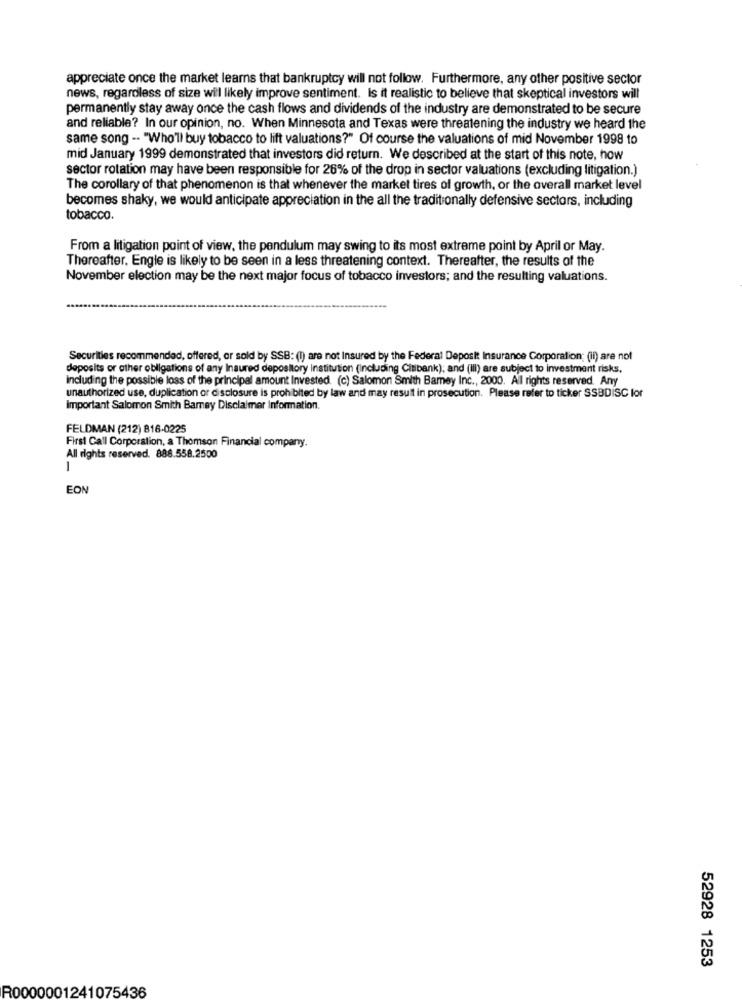
appreciate once the market learns that bankruptcy will not follow. Furthermore, any other positive sector
news, regardless of size will likely improve sentiment. Is it realistic to believe that skeptical investors will
permanently stay away once the cash flows and dividends of the industry are demonstrated to be secure
and reliable? In our opinion, no. When Minnesota and Texas were threatening the industry we heard the
same song -- "Who'll buy tobacco to lift valuations?" Of course the valuations of mid November 1998 to
mid January 1999 demonstrated that investors did return. We described at the start of this note, how
sector rotation may have been responsible for 26% of the drop in sector valuations (excluding litigation.)
The corollary of that phenomenon is that whenever the market tires of growth, or the overall market level
becomes shaky, we would anticipate appreciation in the all the traditionally defensive sectors, including
tobacco.
From a litigation point of view, the pendulum may swing to its most extreme point by April or May.
Thereafter, Engle is likely to be seen in a less threatening context. Thereafter, the results of the
November election may be the next major focus of tobacco investors; and the resulting valuations.
Securities recommended, offered, or sold by SSB: (1) are not Insured by the Federal Deposit Insurance Corporation; (ii) are not
deposits or other obligations of any Insured depository institution (including Citibank), and (Ill) are subject to investment risks,
Including the possible loss of the principal amount Invested (c) Salomon Smith Barney Inc ., 2000. All rights reserved. Any
unauthorized use, duplication or disclosure is prohibited by law and may result in prosecution. Please refer to ticker SSBDISC lor
Important Salomon Smith Barney Disclaimer Information.
FELDMAN (212) 816-0225
First Call Corporation, a Thomson Financial company.
All rights reserved. 888.558.2500
1
EON
52928 1253
R0000001241075436